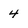
Character: 4